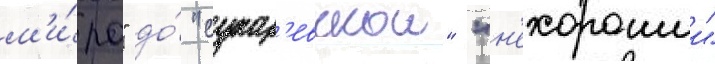
м'и́ра" до́ "сухар'евскои" "н'ехорошии"